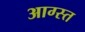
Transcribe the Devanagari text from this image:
आग्स्त